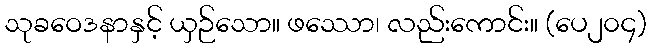
သုခဝေဒနာနှင့် ယှဉ်သော။ ဖဿော၊ လည်းကောင်း။ (ပေ၂၀၄)